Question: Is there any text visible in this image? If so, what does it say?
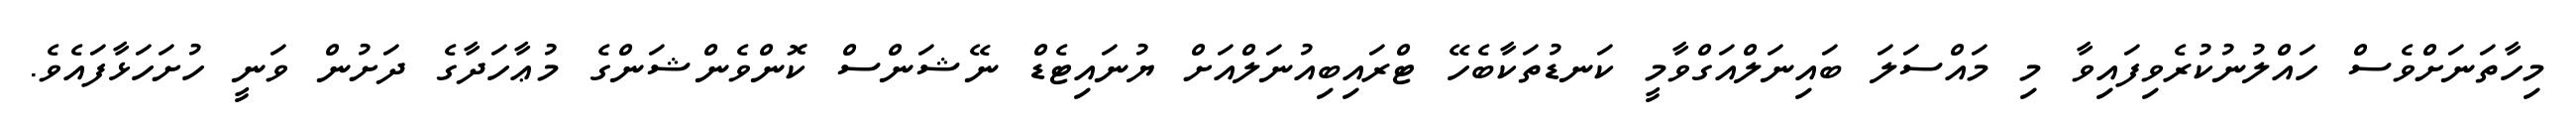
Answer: މިހާތަނަށްވެސް ހައްލުނުކުރެވިފައިވާ މި މައްސަލަ ބައިނަލްއަގްވާމީ ކަނޑުތަކާބެހޭ ޓްރައިބިއުނަލްއަށް ޔުނައިޓެޑް ނޭޝަންސް ކޮންވެންޝަންގެ މުޢާހަދާގެ ދަށުން ވަނީ ހުށަހަޅާފައެވެ.